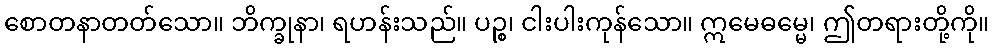
စောတနာတတ်သော။ ဘိက္ခုနာ၊ ရဟန်းသည်။ ပဉ္စ၊ ငါးပါးကုန်သော။ ဣမေဓမ္မေ၊ ဤတရားတို့ကို။